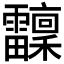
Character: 𩇆